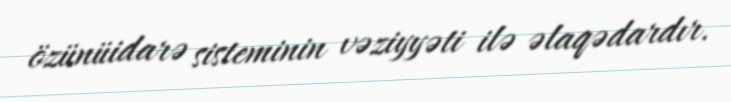
özünüidarə sisteminin vəziyyəti ilə əlaqədardır.